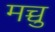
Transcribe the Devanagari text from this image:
मच्चु